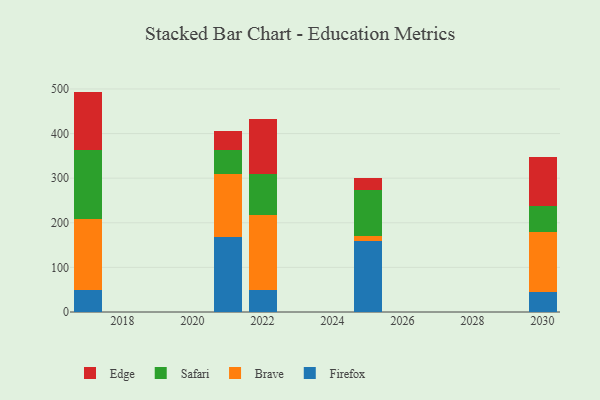
{"axis": {"x": "Year", "y": "Inventory Turnover"}, "legend": ["Brave", "Edge", "Firefox", "Safari"], "data": [{"x": "2021", "y": 167.2, "type": "Firefox"}, {"x": "2021", "y": 141.3, "type": "Brave"}, {"x": "2021", "y": 54.7, "type": "Safari"}, {"x": "2021", "y": 43.1, "type": "Edge"}, {"x": "2025", "y": 158.1, "type": "Firefox"}, {"x": "2025", "y": 12.7, "type": "Brave"}, {"x": "2025", "y": 102.4, "type": "Safari"}, {"x": "2025", "y": 26.9, "type": "Edge"}, {"x": "2017", "y": 50.4, "type": "Firefox"}, {"x": "2017", "y": 158.4, "type": "Brave"}, {"x": "2017", "y": 153.9, "type": "Safari"}, {"x": "2017", "y": 131.4, "type": "Edge"}, {"x": "2022", "y": 49.7, "type": "Firefox"}, {"x": "2022", "y": 168.6, "type": "Brave"}, {"x": "2022", "y": 91.6, "type": "Safari"}, {"x": "2022", "y": 122.3, "type": "Edge"}, {"x": "2030", "y": 43.8, "type": "Firefox"}, {"x": "2030", "y": 134.5, "type": "Brave"}, {"x": "2030", "y": 58.8, "type": "Safari"}, {"x": "2030", "y": 111.0, "type": "Edge"}]}